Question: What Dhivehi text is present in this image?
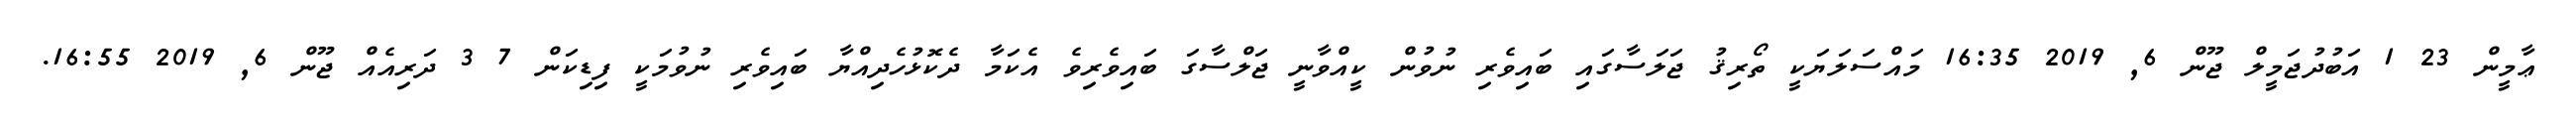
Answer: ޢާމީން 23 1 އަބުދުޖަމީލް ޖޫން 6, 2019 16:35 މައްސަލަޔަކީ ތޯރިޤު ޖަލަސާގައި ބައިވެރި ނުވުން ކީއްވާނީ ޖަލްސާގަ ބައިވެރިވެ އެކަމާ ދެކޮޅުހެދިއްޔާ ބައިވެރި ނުވުމަކީ ފިޑިކަން 7 3 ދަރިއެއް ޖޫން 6, 2019 16:55.